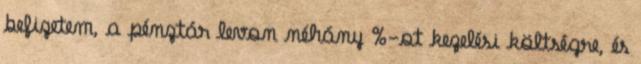
befizetem, a pénztár levon néhány %-ot kezelési költségre, és